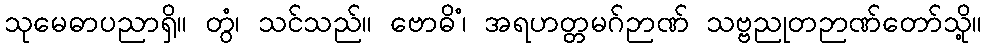
သုမေဓာပညာရှိ။ တွံ၊ သင်သည်။ ဗောဓိံ၊ အရဟတ္တမဂ်ဉာဏ် သဗ္ဗညုတဉာဏ်တော်သို့။